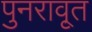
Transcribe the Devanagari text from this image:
पुनरावृ्त